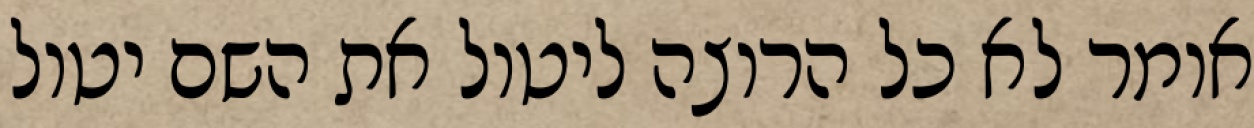
אומר לא כל הרוצה ליטול את השם יטול